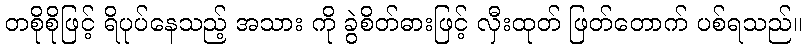
တစိုစိုဖြင့် ရိပုပ်နေသည့် အသား ကို ခွဲစိတ်ဓားဖြင့် လှီးထုတ် ဖြတ်တောက် ပစ်ရသည်။